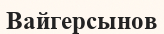
Вайгерсынов